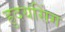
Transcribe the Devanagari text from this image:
ह्रुदयसिंग